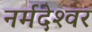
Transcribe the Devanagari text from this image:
नर्मदेश्‍वर